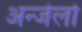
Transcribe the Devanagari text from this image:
अन्जेलो